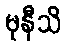
မုနီသိ